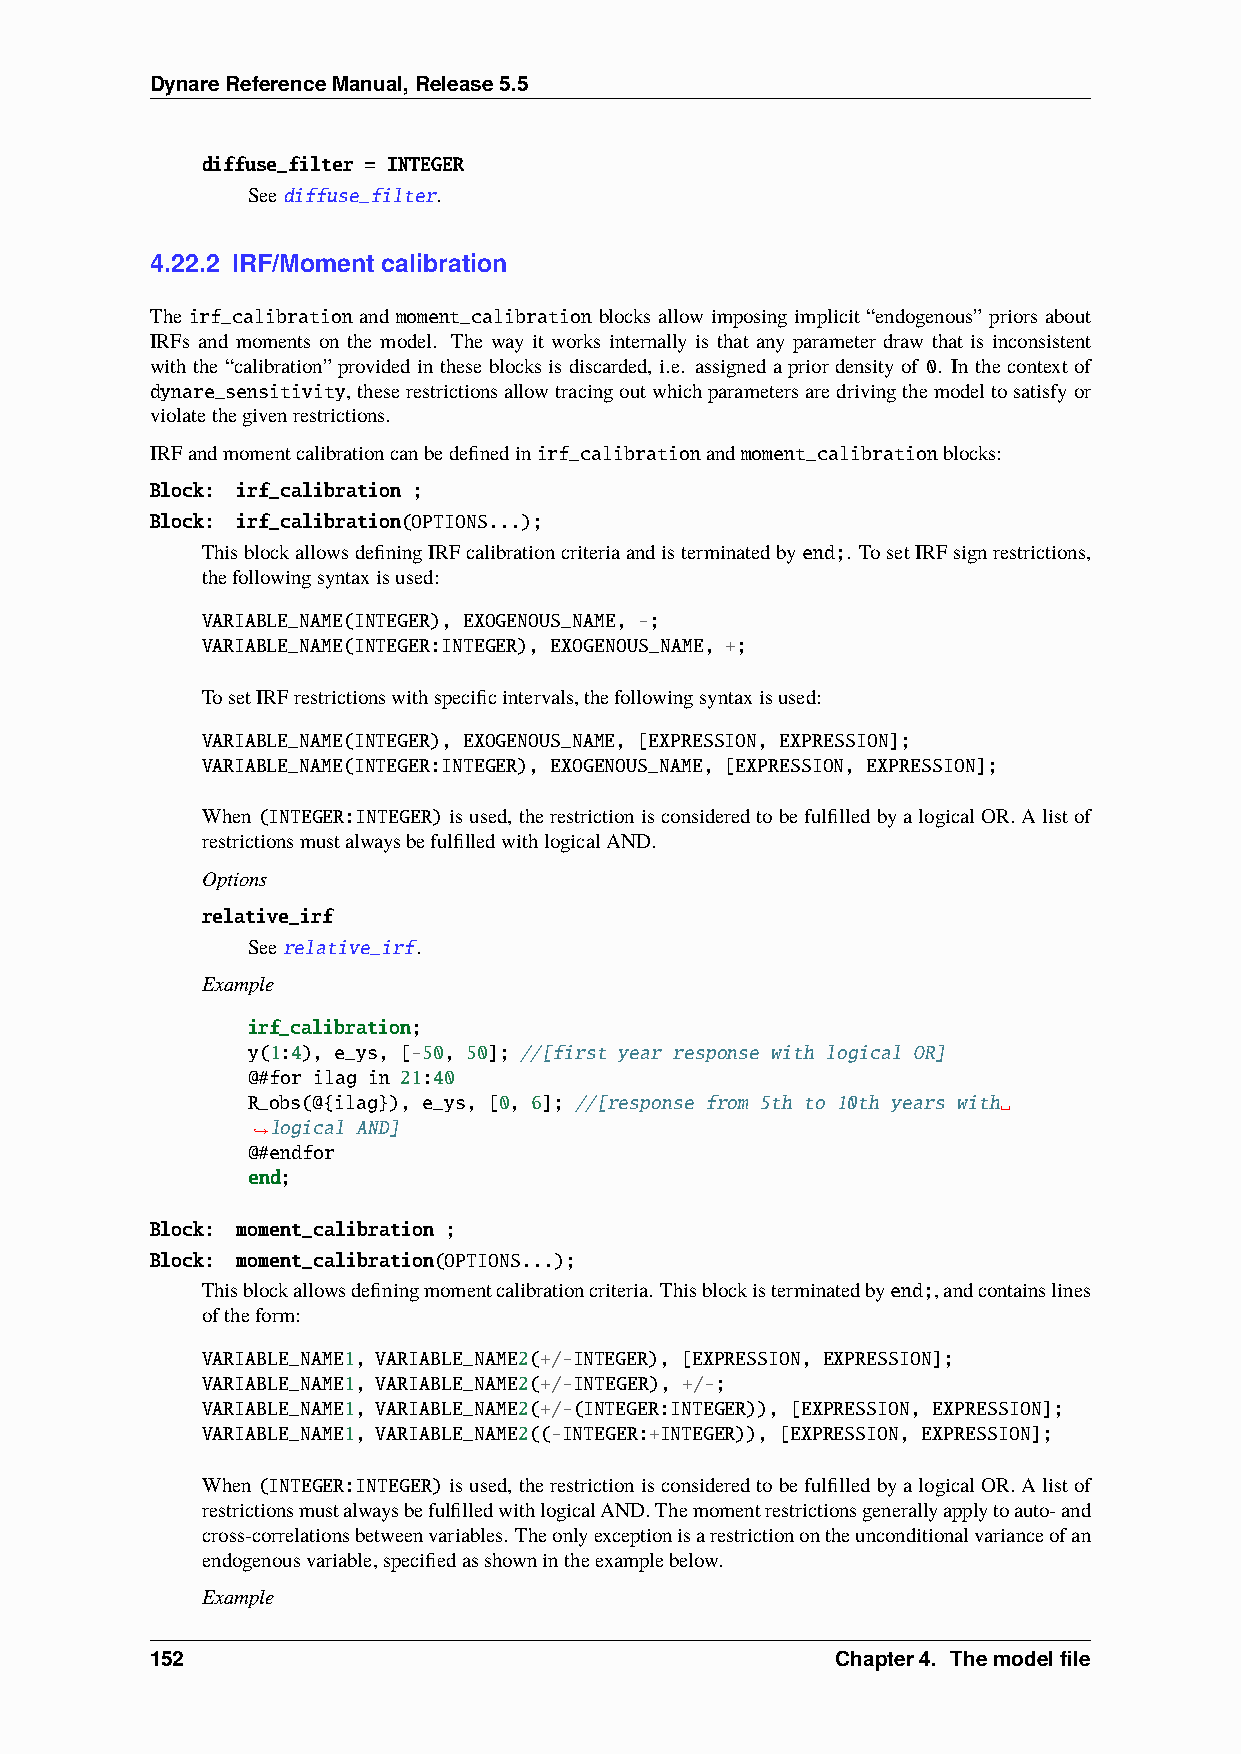
DynareReferenceManual,Release5.5
 diffuse_filter = INTEGER
 Seediffuse_filter.
 4.22.2 IRF/Moment calibration
 The irf_calibration and moment_calibration blocks allow imposing implicit “endogenous” priors about
 IRFs and moments on the model. The way it works internally is that any parameter draw that is inconsistent
 withthe“calibration”providedintheseblocksisdiscarded, i.e. assignedapriordensityof 0. Inthecontextof
 dynare_sensitivity,theserestrictionsallowtracingoutwhichparametersaredrivingthemodeltosatisfyor
 violatethegivenrestrictions.
 IRFandmomentcalibrationcanbedefinedinirf_calibrationandmoment_calibrationblocks:
 Block: irf_calibration ;
 Block: irf_calibration(OPTIONS...);
 ThisblockallowsdefiningIRFcalibrationcriteriaandisterminatedbyend;. TosetIRFsignrestrictions,
 thefollowingsyntaxisused:
 VARIABLE_NAME(INTEGER), EXOGENOUS_NAME, -;
 VARIABLE_NAME(INTEGER:INTEGER), EXOGENOUS_NAME, +;
 TosetIRFrestrictionswithspecificintervals,thefollowingsyntaxisused:
 VARIABLE_NAME(INTEGER), EXOGENOUS_NAME, [EXPRESSION, EXPRESSION];
 VARIABLE_NAME(INTEGER:INTEGER), EXOGENOUS_NAME, [EXPRESSION, EXPRESSION];
 When (INTEGER:INTEGER)isused, therestrictionisconsideredtobefulfilledbyalogicalOR.Alistof
 restrictionsmustalwaysbefulfilledwithlogicalAND.
 Options
 relative_irf
 Seerelative_irf.
 Example
 irf_calibration;
 y(1:4), e_ys, [-50, 50]; //[first year response with logical OR]
 @#for ilag in 21:40
 R_obs(@{ilag}), e_ys, [0, 6]; //[response from 5th to 10th years with␣
 logical AND]
 ˓→
 @#endfor
 end;
 Block: moment_calibration ;
 Block: moment_calibration(OPTIONS...);
 Thisblockallowsdefiningmomentcalibrationcriteria. Thisblockisterminatedbyend;,andcontainslines
 oftheform:
 VARIABLE_NAME1, VARIABLE_NAME2(+/-INTEGER), [EXPRESSION, EXPRESSION];
 VARIABLE_NAME1, VARIABLE_NAME2(+/-INTEGER), +/-;
 VARIABLE_NAME1, VARIABLE_NAME2(+/-(INTEGER:INTEGER)), [EXPRESSION, EXPRESSION];
 VARIABLE_NAME1, VARIABLE_NAME2((-INTEGER:+INTEGER)), [EXPRESSION, EXPRESSION];
 When (INTEGER:INTEGER)isused, therestrictionisconsideredtobefulfilledbyalogicalOR.Alistof
 restrictionsmustalwaysbefulfilledwithlogicalAND.Themomentrestrictionsgenerallyapplytoauto-and
 cross-correlationsbetweenvariables. Theonlyexceptionisarestrictionontheunconditionalvarianceofan
 endogenousvariable,specifiedasshownintheexamplebelow.
 Example
 152                                          Chapter4. Themodelfile